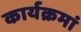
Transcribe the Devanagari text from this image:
कार्यक्रमां